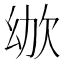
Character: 𣢜